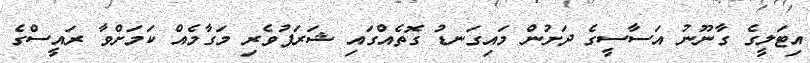
އިޓަލީގެ ގާނޫނު އަސާސީގެ ދަށުން މައިގަނޑު ގޮތެއްގައި ޝަރަފުވެރި މަގާމެއް ކަމަށްވާ ރައީސްގެ